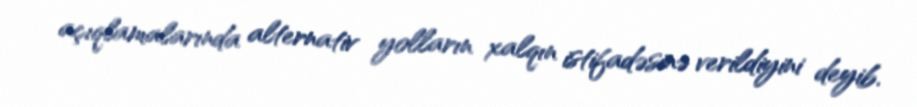
açıqlamalarında alternativ yolların xalqın istifadəsinə verildiyini deyib.